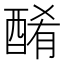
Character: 𨡜